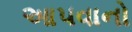
આ૫વાનો